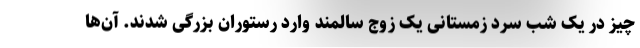
چیز در یک شب سرد زمستانی یک زوج سالمند وارد رستوران بزرگی شدند. آن‌ها